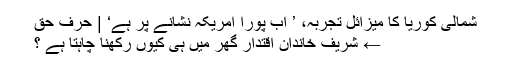
شمالی کوریا کا میزائل تجربہ، ’ اب پورا امریکہ نشانے پر ہے‘ | حرف حق
← شریف خاندان اقتدار گھر میں ہی کیوں رکھنا چاہتا ہے ؟